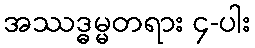
အဿဒ္ဓမ္မတရား ၄-ပါး